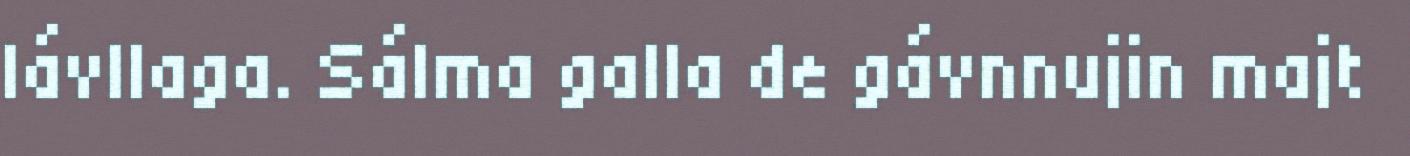
lávllaga. Sálma galla de gávnnujin majt